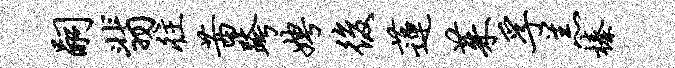
嗣翡往茜跨娉后莲茱孚羔榛